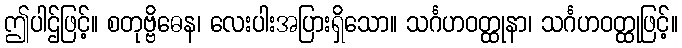
ဤပါဌ်ဖြင့်။ စတုဗ္ဗိဓေန၊ လေးပါးအပြားရှိသော။ သင်္ဂဟဝတ္ထုနာ၊ သင်္ဂဟဝတ္ထုဖြင့်။